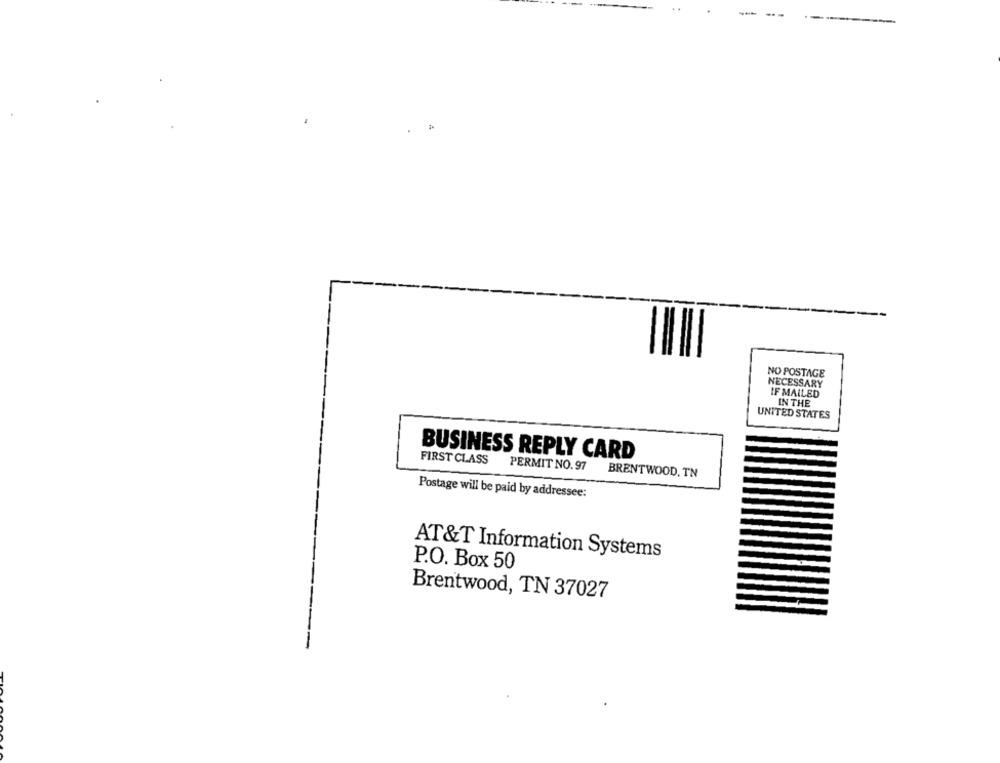
--
NO POSTAGE
NECESSARY
IF MAILED
IN THE
UNITED STATES
BUSINESS REPLY CARD
FIRST CLASS
PERMIT NO.97
BRENTWOOD, TN
Postage will be paid by addressee:
AT&T Information Systems
P.O. Box 50
Brentwood, TN 37027
-